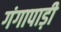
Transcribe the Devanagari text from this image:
गंगापाड़ी